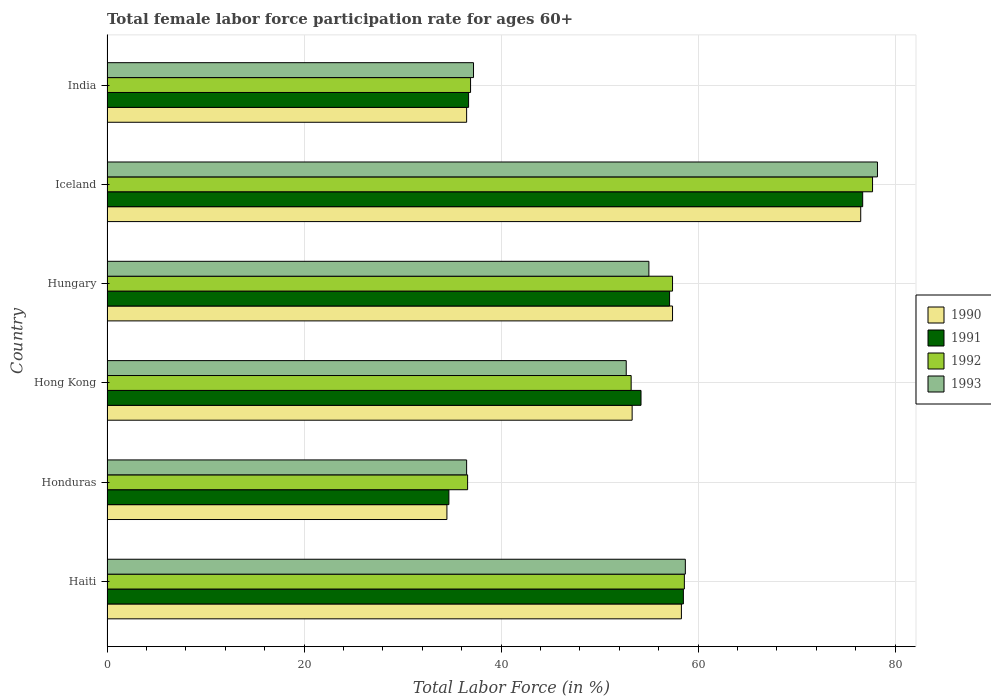
| Country | 1990 | 1991 | 1992 | 1993 |
 | --- | --- | --- | --- | --- |
 | Haiti | 58.3 | 58.5 | 58.6 | 58.7 |
 | Honduras | 34.5 | 34.7 | 36.6 | 36.5 |
 | Hong Kong | 53.3 | 54.2 | 53.2 | 52.7 |
 | Hungary | 57.4 | 57.1 | 57.4 | 55 |
 | Iceland | 76.5 | 76.7 | 77.7 | 78.2 |
 | India | 36.5 | 36.7 | 36.9 | 37.2 |